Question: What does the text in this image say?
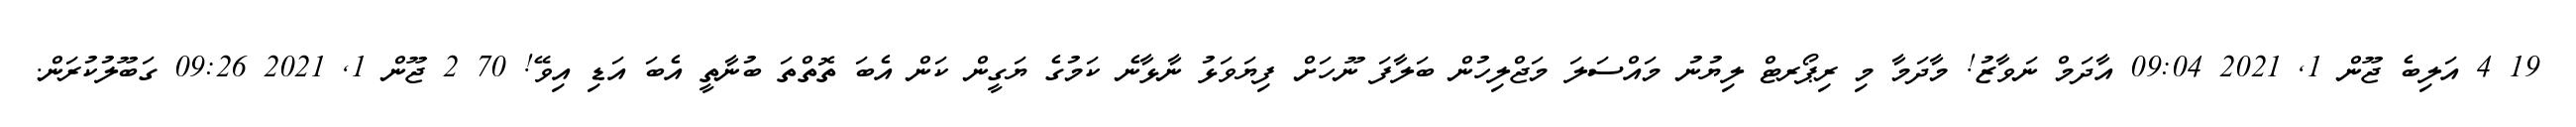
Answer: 19 4 އަލިބެ ޖޫން 1, 2021 09:04 އާދަމް ނަވާޒު! މާދަމާ މި ރިޕޯރޓް ލިޔުނު މައްސަލަ މަޖްލިހުން ބަލާފަ ނޫހަށް ފިޔަވަޅު ނާޅާނެ ކަމުގެ ޔަގީން ކަން އެބަ ތޮތްތަ ބުނާތީ އެބަ އަޑި އިވޭ! 70 2 ޖޫން 1, 2021 09:26 ގަބޫލުކުރަން.